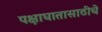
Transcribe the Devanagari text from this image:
पक्षाघातासाठीचे